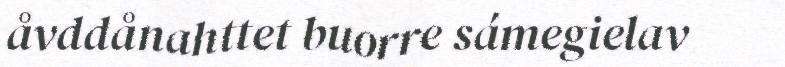
åvddånahttet buorre sámegielav